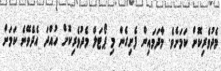
މެދުވެރިކޮށް ކަމަށެވެ. މާދަމައިން ފެށިގެން މި ޕޯޓަލް މެދުވެރިކޮށް ހުއްދަ އެދެވޭނެ ކަމަށް